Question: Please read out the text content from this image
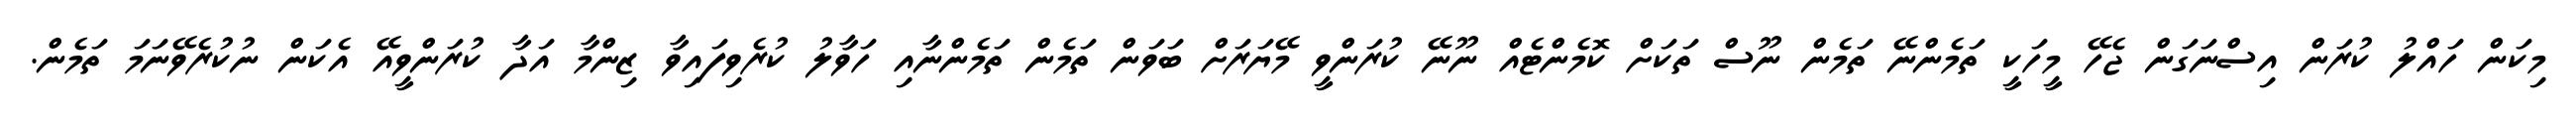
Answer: މިކަން ހައްލު ކުރަން އިސްނަގަން ޖެހޭ މީހަކީ ތަމެންނޭ ތަމެން ނޫސް ތަކަށް ކޮމެންޓެއް ނޫނޭ ކުރަންވީ މޭޔަރަށް ބަވަން ތަމެން ތަމެންނާއި ހަވާލު ކުރެވިފައިވާ ޒިންމާ އަދާ ކުރަންވީއޭ އެކަން ނުކުރެވޭނަމަ ތަމެން.